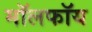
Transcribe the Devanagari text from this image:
मॉलफॉय